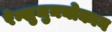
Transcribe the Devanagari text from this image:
रेन्शुजुनयोकान